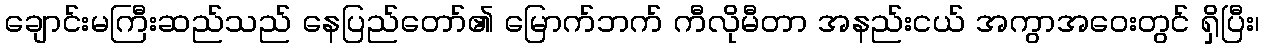
ချောင်းမကြီးဆည်သည် နေပြည်တော်၏ မြောက်ဘက် ကီလိုမီတာ အနည်းငယ် အကွာအဝေးတွင် ရှိပြီး၊